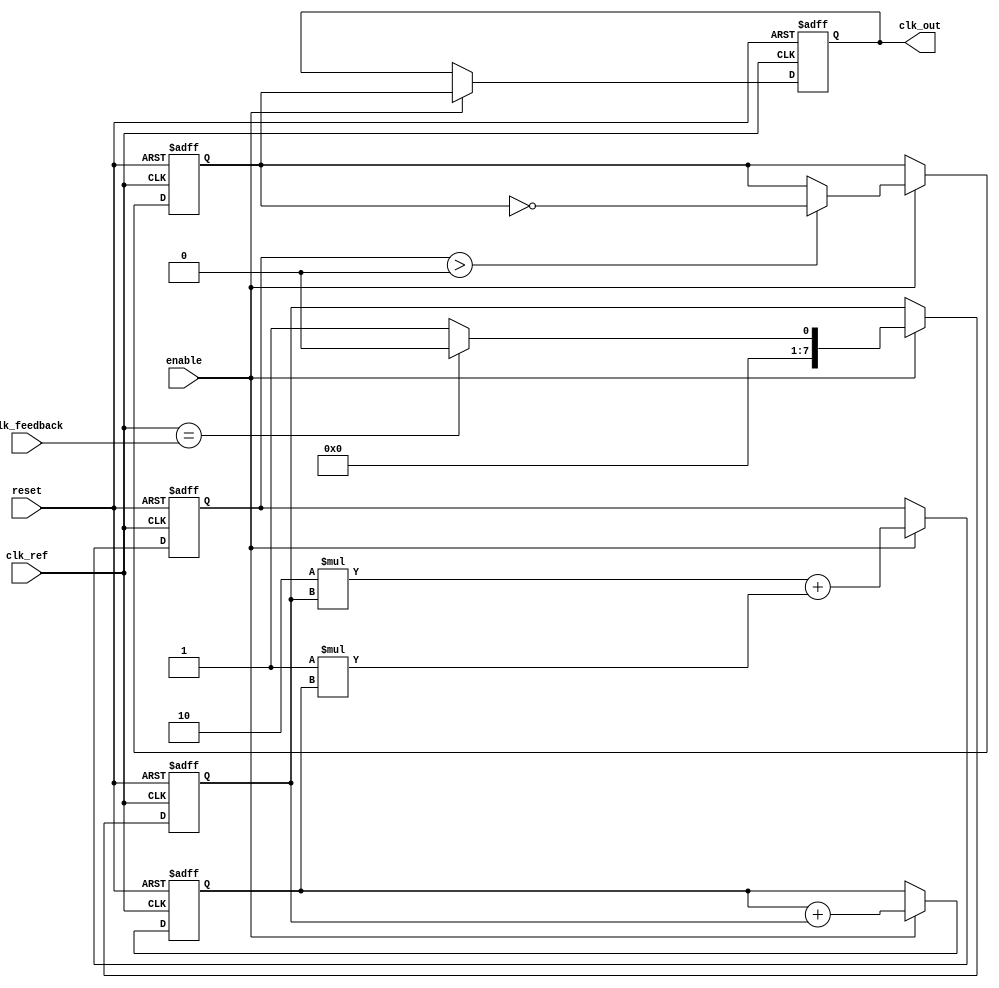
module ADPLL (
    input wire clk_ref,              // Reference clock input
    input wire clk_feedback,         // Feedback clock input from VCO
    input wire reset,                // Reset signal
    input wire enable,               // Enable signal for the ADPLL
    output reg clk_out               // Output clock
);

// Parameters
parameter N = 8;                    // Number of bits for phase error
parameter Kp = 2;                   // Proportional gain for DLF
parameter Ki = 1;                   // Integral gain for DLF

// Internal signals
reg [N-1:0] phase_error;            // Phase error signal
reg [N-1:0] control_signal;         // Control signal for VCO
reg [N-1:0] loop_filter;            // Output of Digital Loop Filter
reg vco_output;                     // VCO output clock signal
reg [31:0] phase_memory [0:15];     // Memory block for phase information
reg [3:0] mem_addr;                 // Memory address for phase information

// Phase Detector (PD)
always @(posedge clk_ref or posedge reset) begin
    if (reset) begin
        phase_error <= 0;
    end else if (enable) begin
        // Simple phase error calculation (for simplicity)
        phase_error <= (clk_ref == clk_feedback) ? 0 : 1; // 1 for error detected
    end
end

// Digital Loop Filter (DLF)
always @(posedge clk_ref or posedge reset) begin
    if (reset) begin
        loop_filter <= 0;
        control_signal <= 0;
    end else if (enable) begin
        // First-order filter: control_signal = Kp * phase_error + Ki * loop_filter
        loop_filter <= loop_filter + phase_error; // Integrate phase error
        control_signal <= Kp * phase_error + Ki * loop_filter; // Proportional + Integral
    end
end

// Voltage-Controlled Oscillator (VCO)
always @(posedge clk_ref or posedge reset) begin
    if (reset) begin
        vco_output <= 0;
    end else if (enable) begin
        // Simple VCO model: Output clock frequency based on control signal
        if (control_signal > 0) begin
            vco_output <= ~vco_output;  // Toggle output clock
        end
    end
end

// Feedback Mechanism
always @(posedge clk_ref or posedge reset) begin
    if (reset) begin
        clk_out <= 0;
    end else if (enable) begin
        clk_out <= vco_output; // Output the VCO clock
    end
end

// Memory Block operations (for phase information)
always @(posedge clk_ref or posedge reset) begin
    if (reset) begin
        mem_addr <= 0;
        // Initialize memory with some phase information (example values)
        phase_memory[0] <= 32'h00000000;
        phase_memory[1] <= 32'h00000001;
        // ... Initialize remaining memory as needed
    end else if (enable) begin
        // Example: Update memory with new phase information based on control_signal
        if (control_signal != 0) begin
            phase_memory[mem_addr] <= control_signal; // Store control signal
            mem_addr <= mem_addr + 1; // Increment memory address
        end
    end
end

endmodule